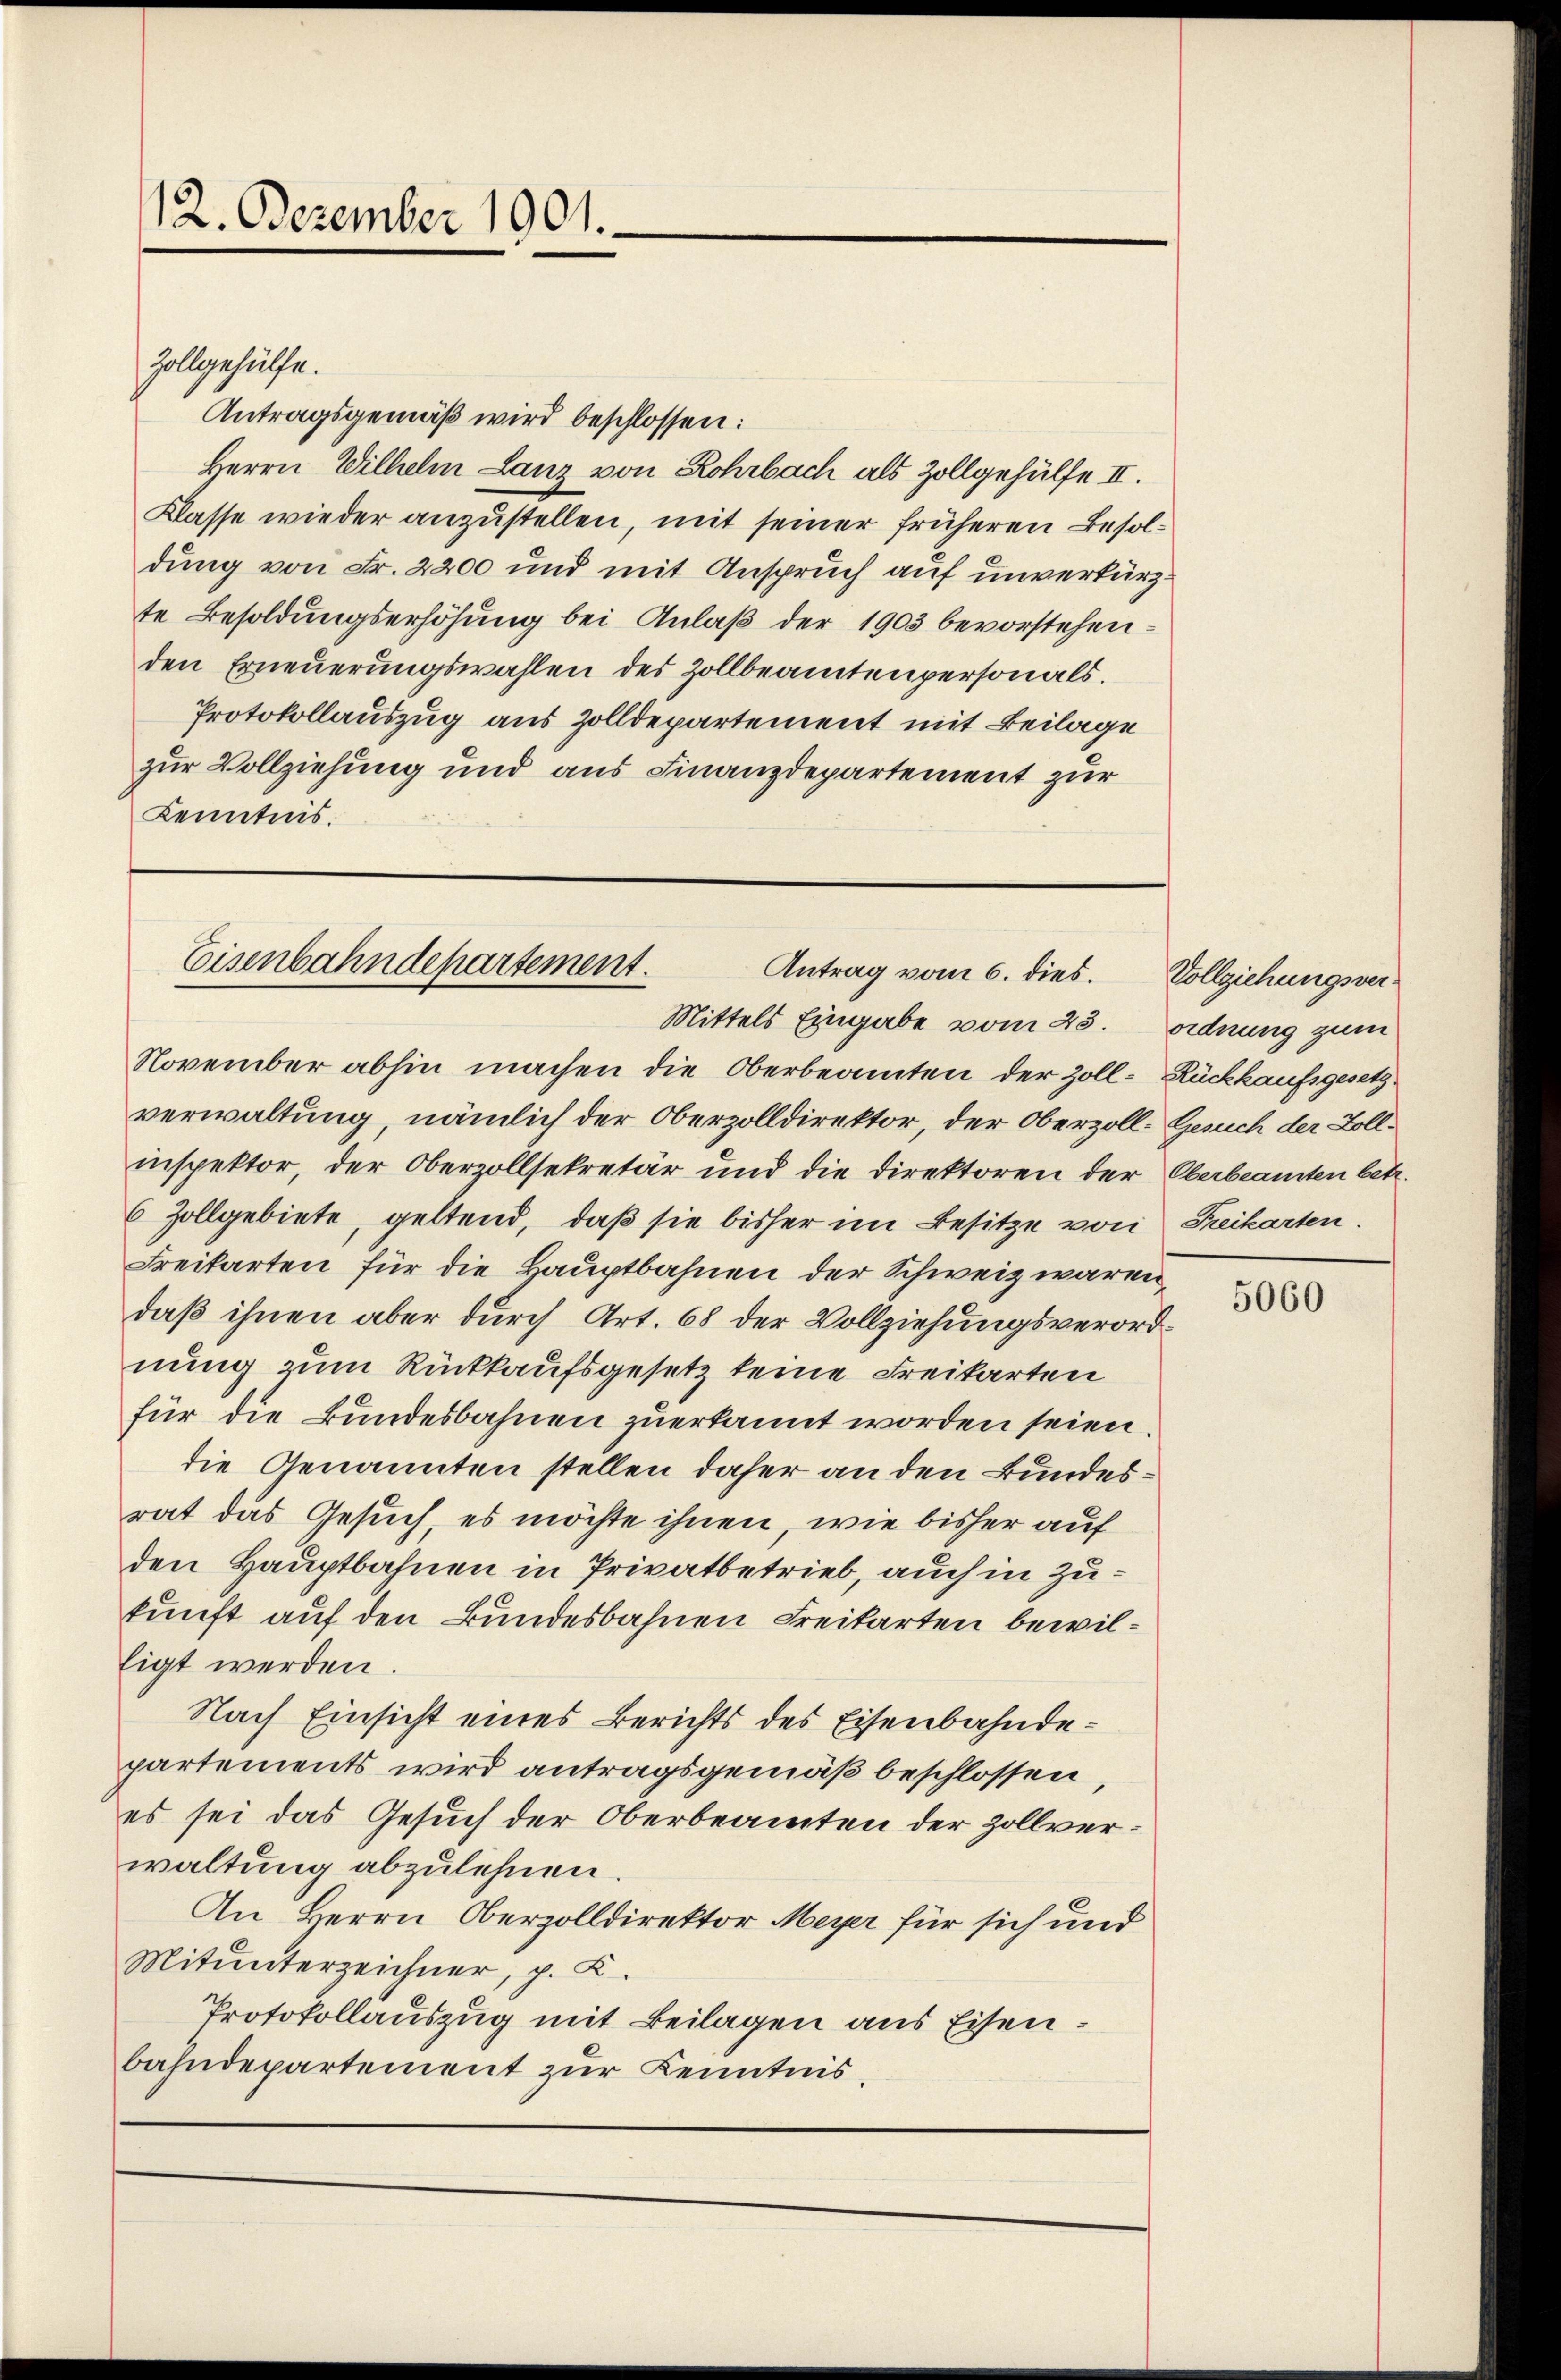
12. Dezember 1901.

Zollgehülfe.
Antragsgemäß wird beschlossen:
Herrn Wilhelm Lanz von Rohrbach als Zollgehülfe II.
Klasse wieder anzustellen, mit seiner früheren Besoldung von Fr. 2200 und mit Anspruch auf unverkürzte Besoldungserhöhung bei Anlaß der 1903 bevorstehenden Erneuerungswahlen des Zollbeamtenpersonals.
Protokollauszug aus Zolldepartement mit Beilage
zur Vollziehung und aus Finanzdepartement zur
Kenntnis.

November abhin machen die Oberbeamten der Zoll-Rückkaufsgesetz
verwaltung, nämlich der Oberzolldirektor, der Oberzoll-Gesuch der Bollinspektor, der Oberzollsekretär und die Direktoren der Oberbeamten betr.
6 Zollgebiete, geltend, daß sie bisher im Besitze von Freikarten.
Freikarten für die Hauptbahnen der Schweiz waren,
daß ihnen aber durch Art. 68 der Vollziehungsverordnung zum Rückkaufsgesetz keine Freikarten
für die Bundesbahnen zuerkannt worden seien.
die Genannten stellen daher an den Bundesrat das Gesuch es möchte ihnen, wie bisher auf
den Hauptbahnen in Privatbetrieb, auch in Zukunft auf den Bundesbahnen Freitarten bewilligt werden.
Nach Einsicht eines Berichts des Eisenbahndepartements wird antragsgemäß beschlossen,
es sei das Gesuch der Oberbeamten der Zollverwaltung abzulehnen.
An Herrn Oberzolldirektor Meyer für sich und
Mitunterzeichner, p. K.
Protokollauszug mit Beilagen aus Eisen.
bahndepartement zur Kenntnis,

Eisenbahndepartement.
Antrag vom 6. dies.
Mittels Eingabe vom 23. Ordnung zum

Vollziehungsver¬

5060